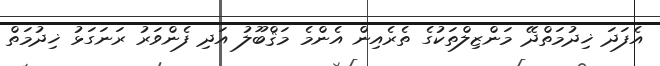
އެފަދަ ޚިދުމަތްދޭ މަންޒިލްތަކުގެ ތެރެއިން އެންމެ މަޤްބޫލު އަދި ފެންވަރު ރަނަގަޅު ޚިދުމަތް